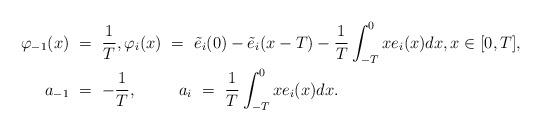
LaTeX: \begin{align*}\varphi_{-1}(x) \ &= \ \frac{1}{T}, \varphi_i(x) \ = \ \tilde e_i(0)-\tilde e_i(x-T)- \frac{1}{T}\int_{-T}^0 xe_i(x)dx, x\in[0,T], \\a_{-1} \ &= \ -\frac{1}{T}, \qquad\;\; a_i \ = \ \frac{1}{T}\int_{-T}^0 xe_i(x)dx.\end{align*}